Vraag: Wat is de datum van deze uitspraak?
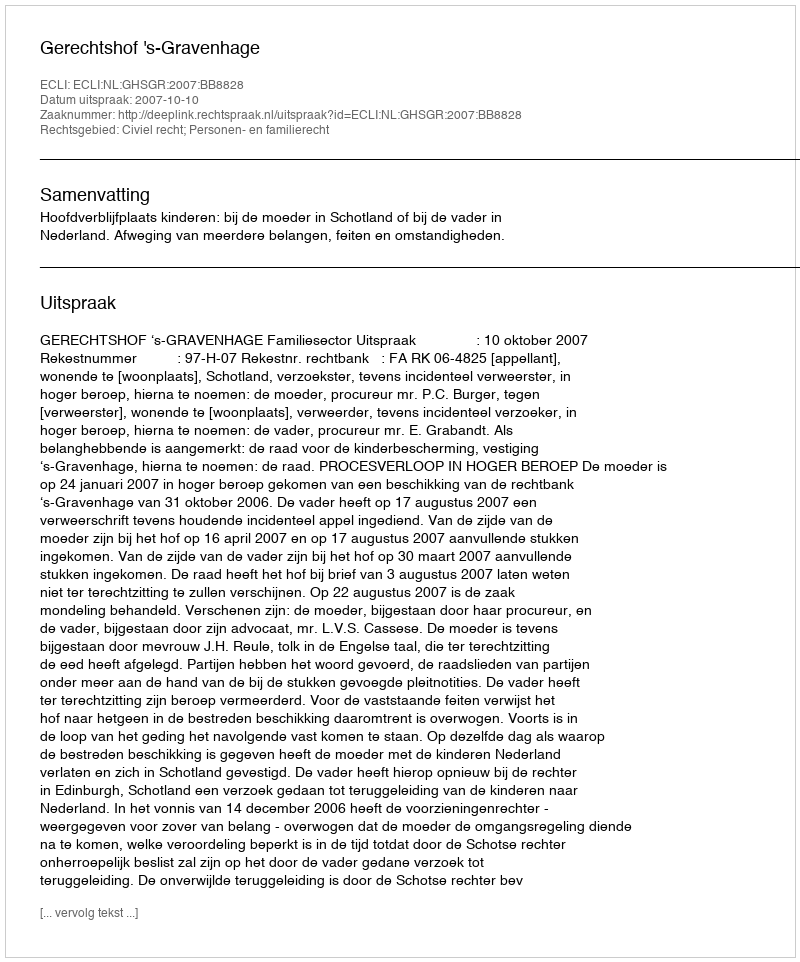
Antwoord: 2007-10-10